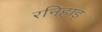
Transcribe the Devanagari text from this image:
रनिहाड़